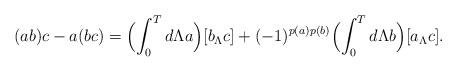
LaTeX: \begin{align*} (ab)c-a(bc) = \Bigl(\int_0^Td\Lambda a\Bigr)[b_\Lambda c]+(-1)^{p(a)p(b)}\Bigl(\int_0^Td\Lambda b\Bigr)[a_\Lambda c]. \end{align*}